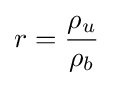
r={\frac {\rho _{u}}{\rho _{b}}}